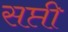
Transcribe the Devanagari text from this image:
सप्ती